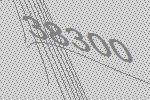
38300